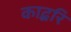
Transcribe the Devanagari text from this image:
काद्बरि